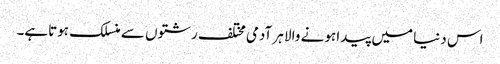
اس دنیا میں پیدا ہونے والا ہر آدمی مختلف رشتوں سے منسلک ہوتاہے۔